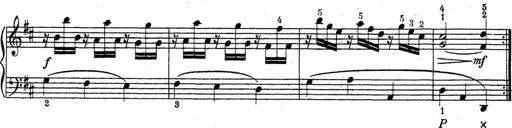
Title: ÄŒeskÃ© Sonatiny
Composer: Various